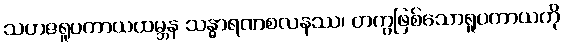
သဟဇရူပကာယထမ္ဘန သန္ဓာရဏစလနဿ၊ တကွဖြစ်သောရူပကာယကို